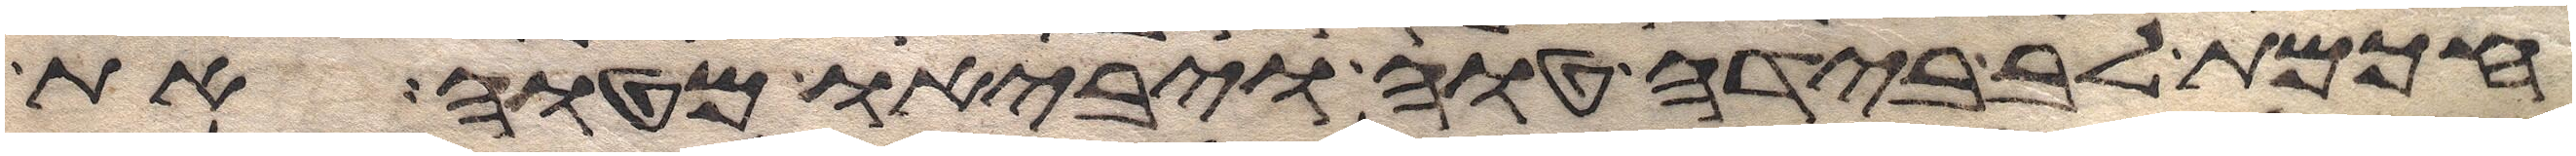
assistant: חכמת לב בידה טוה ויביאו מטוה את